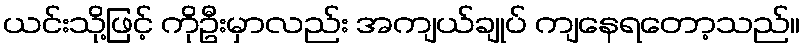
ယင်းသို့ဖြင့် ကိုဦးမှာလည်း အကျယ်ချုပ် ကျနေရတော့သည်။